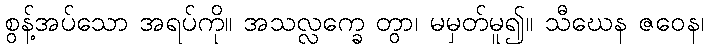
စွန့်အပ်သော အရပ်ကို။ အသလ္လက္ခေ တွာ၊ မမှတ်မူ၍။ သီဃေန ဇဝေန၊